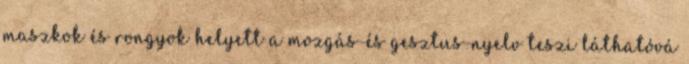
maszkok és rongyok helyett a mozgás-és gesztus-nyelv teszi láthatóvá